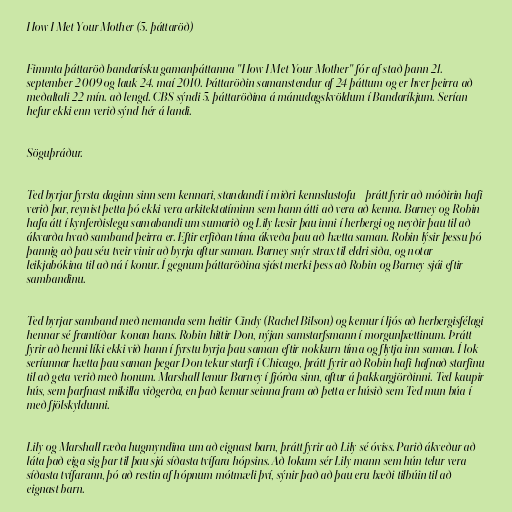
How I Met Your Mother (5. þáttaröð)

Fimmta þáttaröð bandarísku gamanþáttanna "How I Met Your Mother" fór af stað þann 21.
september 2009 og lauk 24. maí 2010. Þáttaröðin samanstendur af 24 þáttum og er hver þeirra að
meðaltali 22 mín. að lengd. CBS sýndi 5. þáttaröðina á mánudagskvöldum í Bandaríkjum. Serían
hefur ekki enn verið sýnd hér á landi.

Söguþráður.

Ted byrjar fyrsta daginn sinn sem kennari, standandi í miðri kennslustofu - þrátt fyrir að móðirin hafi
verið þar, reynist þetta þó ekki vera arkitektatíminn sem hann átti að vera að kenna. Barney og Robin
hafa átt í kynferðislegu samabandi um sumarið og Lily læsir þau inni í herbergi og neyðir þau til að
ákvarða hvað samband þeirra er. Eftir erfiðan tíma ákveða þau að hætta saman. Robin lýsir þessu þó
þannig að þau séu tveir vinir að byrja aftur saman. Barney snýr strax til eldri siða, og notar
leikjabókina til að ná í konur. Í gegnum þáttaröðina sjást merki þess að Robin og Barney sjái eftir
sambandinu.

Ted byrjar samband með nemanda sem heitir Cindy (Rachel Bilson) og kemur í ljós að herbergisfélagi
hennar sé framtíðar-konan hans. Robin hittir Don, nýjan samstarfsmann í morgunþættinum. Þrátt
fyrir að henni líki ekki við hann í fyrstu byrja þau saman eftir nokkurn tíma og flytja inn saman. Í lok
seríunnar hætta þau saman þegar Don tekur starfi í Chicago, þrátt fyrir að Robin hafi hafnað starfinu
til að geta verið með honum. Marshall lemur Barney í fjórða sinn, aftur á þakkargjörðinni. Ted kaupir
hús, sem þarfnast mikilla viðgerða, en það kemur seinna fram að þetta er húsið sem Ted mun búa í
með fjölskyldunni.

Lily og Marshall ræða hugmyndina um að eignast barn, þrátt fyrir að Lily sé óviss. Parið ákveður að
láta það eiga sig þar til þau sjá síðasta tvífara hópsins. Að lokum sér Lily mann sem hún telur vera
síðasta tvífarann, þó að restin af hópnum mótmæli því, sýnir það að þau eru bæði tilbúin til að
eignast barn.